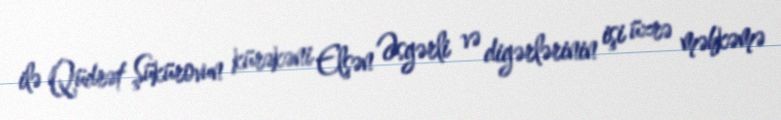
ilə Qüdrət Şükürovun kürəkəni Elşən Əsgərli və digərlərinin işi üzrə məhkəmə